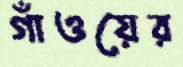
গাঁওয়ের